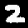
Digit: 2